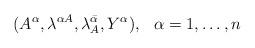
LaTeX: \begin{align*}(A^{\alpha}, \lambda^{\alpha A}, \lambda^{\bar\alpha}_A, Y^{\alpha}),\hskip 0.3cm \alpha =1,\ldots , n\end{align*}